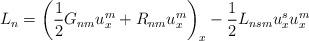
LaTeX: \begin{align*} L_{n}=\left( \frac{1}{2}G_{nm}u_{x}^{m}+R_{nm}u_{x}^{m}\right) _{x} - \frac{1}{2}L_{nsm}u_{x}^{s}u_{x}^{m} \end{align*}